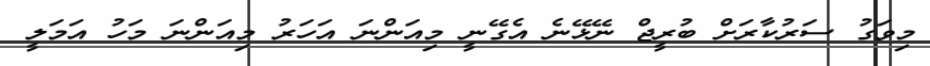
މިވަގު ސަރުކާރަށް ބުރީޖް ނޭޅޭނެ އެގޭނީ މިއަންނަ އަހަރު މިއަންނަ މަހު އަމަލީ